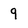
Character: 9